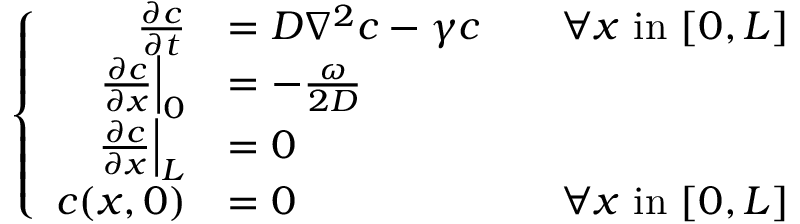
\left\{ \begin{array} { r l r } { \frac { \partial c } { \partial t } } & { = D \nabla ^ { 2 } c - \gamma c } & { \quad \forall x \mathrm { ~ i n ~ } [ 0 , L ] } \\ { \left. \frac { \partial c } { \partial x } \right| _ { 0 } } & { = - \frac { \omega } { 2 D } } \\ { \left. \frac { \partial c } { \partial x } \right| _ { L } } & { = 0 } \\ { c ( x , 0 ) } & { = 0 } & { \forall x \mathrm { ~ i n ~ } [ 0 , L ] } \end{array} \right.